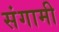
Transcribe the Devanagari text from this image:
संगामी